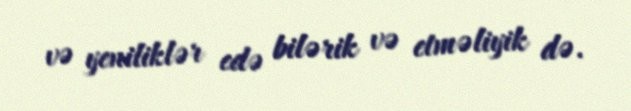
və yeniliklər edə bilərik və etməliyik də.